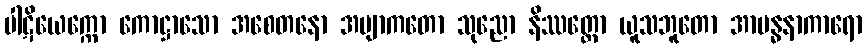
ပါဋိယေက္ကော ကောဋ္ဌာသော အစေတနော အဗျာကတော သုညော နိဿတ္တော ယူသဘူတော အာဗန္ဓနာကာရော